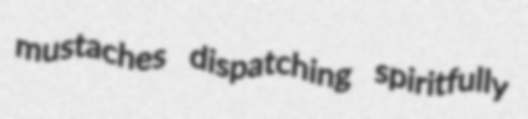
mustaches dispatching spiritfully